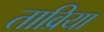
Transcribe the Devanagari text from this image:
ताव्रिया